Vaccine operations Central Provinces 1900-1911 - 1900-1911
Year: 1900
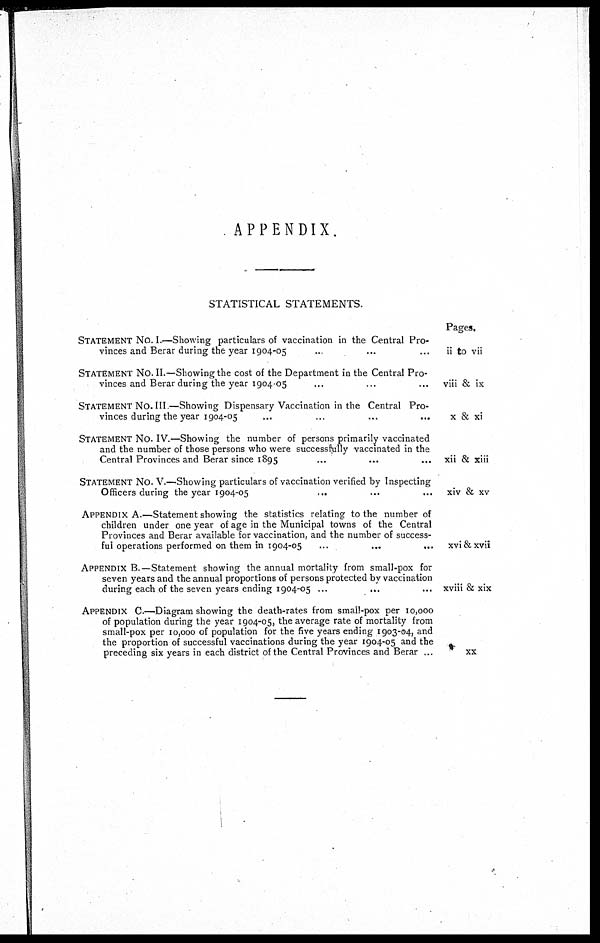
APPENDIX.
STATISTICAL STATEMENTS.
STATEMENT NO. I.—Showing particulars of vaccination in the Central Pro-
vinces and Berar during the year 1904-05 ... ... ...
STATEMENT NO. II.—Showing the cost of the Department in the Central Pro-
vinces and Berar during the year 1904-05 ... ... ...
STATEMENT NO. III —Showing Dispensary Vaccination in the Central Pro-
vinces during the year 1904-05 ... ... ... ...
STATEMENT NO. IV.—Showing the number of persons primarily vaccinated
and the number of those persons who were successfully vaccinated in the
Central Provinces and Berar since 1895 ... ... ...
STATEMENT NO. V.—Showing particulars of vaccination verified by Inspecting
Officers during the year 1904-05 ... ... ...
APPENDIX A.—Statement showing the statistics relating to the number of
children under one year of age in the Municipal towns of the Central
Provinces and Berar available for vaccination, and the number of success-
ful operations performed on them in 1904-05
..0....
...
APPENDIX B.—Statement showing the annual mortality from small-pox for
seven years and the annual proportions of persons protected by vaccination
during each of the seven years ending 1904-05 ... ... ...
APPENDIX C.—Diagram showing the death-rates from small-pox per 10,000
of population during the year 1904-05, the average rate of mortality from
small-pox per 10,000 of population for the five years ending 1903-04, and
the proportion of successful vaccinations during the year 1904-05 and the
preceding six years in each district of the Central Provinces and Berar ...
Pages.
ii to vii
viii & ix
x & xi
xii & xiii
xiv & xv
xvi & xvii
xviii & xix
XX